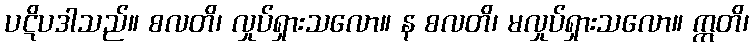
ပဋိပဒါသည်။ စလတိ၊ လှုပ်ရှားသလော။ န စလတိ၊ မလှုပ်ရှားသလော။ ဣတိ၊